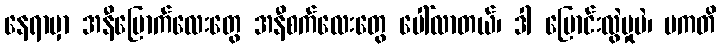
နေရာမှာ အနီပြောက်လေးတွေ အနီစက်လေးတွေ ပေါ်လာတယ်၊ ဒါ ပြောင်းလွဲမှုပဲ၊ ပကတိ